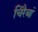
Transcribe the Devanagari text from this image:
चिरैबां